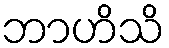
ဘာဟိသိ